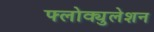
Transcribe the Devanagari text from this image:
फ्लोक्युलेशन